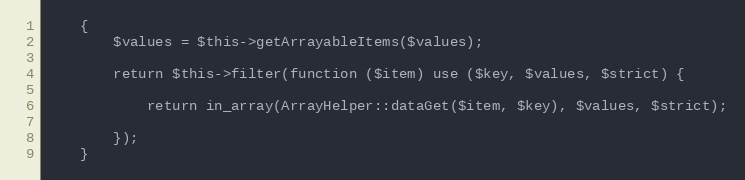
Language: PHP
    {
        $values = $this->getArrayableItems($values);

        return $this->filter(function ($item) use ($key, $values, $strict) {

            return in_array(ArrayHelper::dataGet($item, $key), $values, $strict);

        });
    }